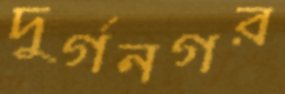
দুর্গনগর